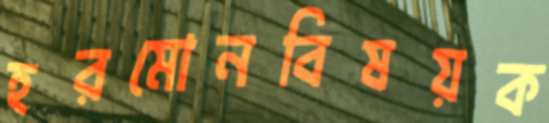
হরমোনবিষয়ক